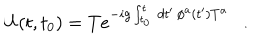
LaTeX: U ( t , t _ { 0 } ) = T e ^ { - i g \int _ { t _ { 0 } } ^ { t } \, d t ^ { \prime } \, \phi ^ { a } ( t ^ { \prime } ) T ^ { a } } \ \ \ .